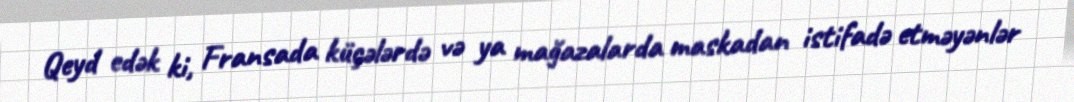
Qeyd edək ki, Fransada küçələrdə və ya mağazalarda maskadan istifadə etməyənlər